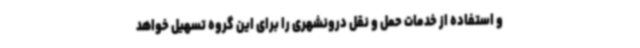
و استفاده از خدمات حمل و نقل درونشهری را برای این گروه تسهیل خواهد